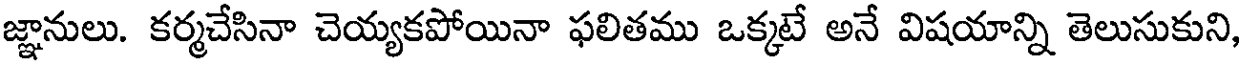
జ్ఞానులు. కర్మచేసినా చెయ్యకపోయినా ఫలితము ఒక్కటే అనే విషయాన్ని తెలుసుకుని,